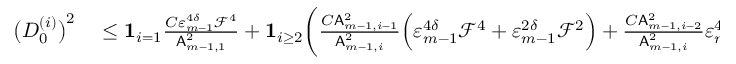
\begin{array} { r l } { \bigl ( D _ { 0 } ^ { ( i ) } \bigr ) ^ { 2 } } & { { } \leq { \bf 1 } _ { i = 1 } \frac { C \varepsilon _ { m - 1 } ^ { 4 \delta } \mathcal { F } ^ { 4 } } { \mathsf { A } _ { m - 1 , 1 } ^ { 2 } } + { \bf 1 } _ { i \geq 2 } \biggl ( \frac { C \mathsf { A } _ { m - 1 , i - 1 } ^ { 2 } } { \mathsf { A } _ { m - 1 , i } ^ { 2 } } \Bigl ( \varepsilon _ { m - 1 } ^ { 4 \delta } \mathcal { F } ^ { 4 } + \varepsilon _ { m - 1 } ^ { 2 \delta } \mathcal { F } ^ { 2 } \Bigr ) + \frac { C \mathsf { A } _ { m - 1 , i - 2 } ^ { 2 } } { \mathsf { A } _ { m - 1 , i } ^ { 2 } } \varepsilon _ { m - 1 } ^ { 4 \delta } \mathcal { F } ^ { 4 } \biggr ) } \end{array}